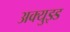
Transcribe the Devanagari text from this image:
अक्युझ्ड